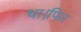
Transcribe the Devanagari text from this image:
था।फिर